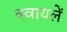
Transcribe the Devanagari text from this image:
क्वायलें